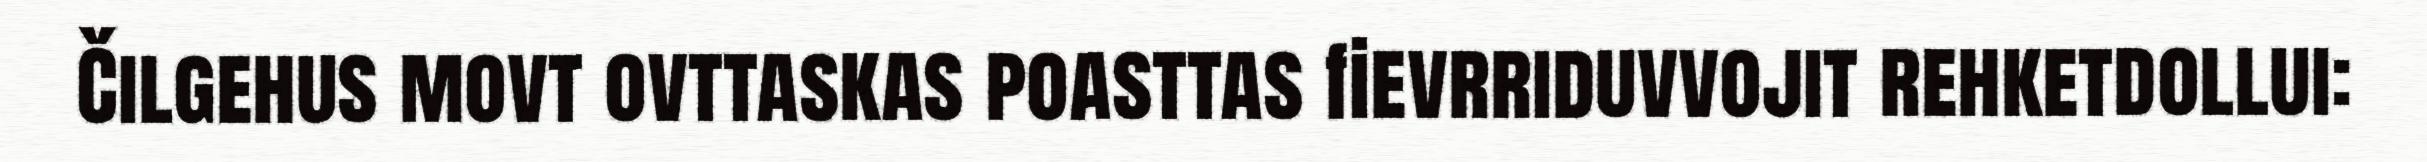
Čilgehus movt ovttaskas poasttas fievrriduvvojit rehketdollui: